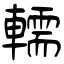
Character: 轜